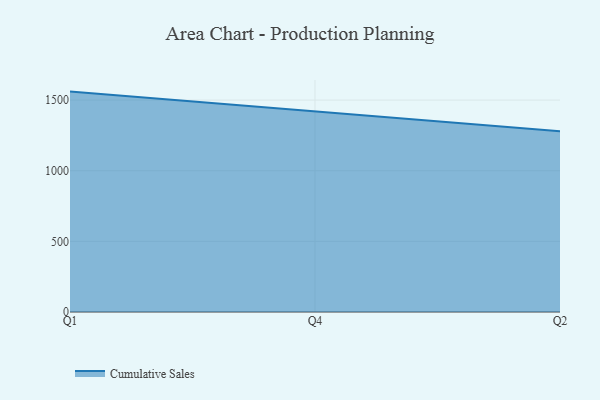
{"axis": {"x": "Quarter", "y": "Customer Acquisition Cost (USD)"}, "legend": ["Cumulative Sales"], "data": [{"x": "Q1", "y": 1560.0, "type": "Cumulative Sales"}, {"x": "Q4", "y": 1420.0, "type": "Cumulative Sales"}, {"x": "Q2", "y": 1279.8, "type": "Cumulative Sales"}]}